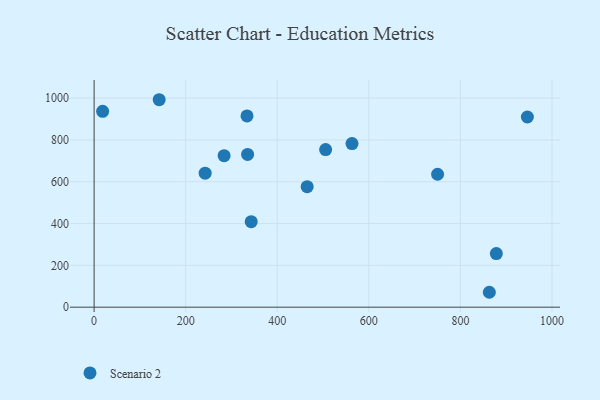
{"axis": {"x": "Price", "y": "Rating"}, "legend": ["Scenario 2"], "data": [{"x": "242.5", "y": 641.0, "type": "Scenario 2"}, {"x": "333.9", "y": 915.0, "type": "Scenario 2"}, {"x": "505.6", "y": 753.8, "type": "Scenario 2"}, {"x": "142.1", "y": 992.3, "type": "Scenario 2"}, {"x": "563.2", "y": 782.4, "type": "Scenario 2"}, {"x": "283.9", "y": 724.9, "type": "Scenario 2"}, {"x": "750.1", "y": 635.9, "type": "Scenario 2"}, {"x": "343.1", "y": 409.2, "type": "Scenario 2"}, {"x": "863.1", "y": 71.3, "type": "Scenario 2"}, {"x": "335.2", "y": 730.7, "type": "Scenario 2"}, {"x": "465.3", "y": 576.4, "type": "Scenario 2"}, {"x": "878.4", "y": 256.5, "type": "Scenario 2"}, {"x": "18.6", "y": 936.6, "type": "Scenario 2"}, {"x": "946.2", "y": 909.6, "type": "Scenario 2"}]}